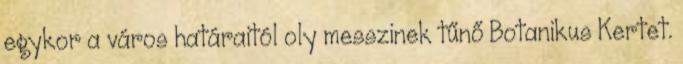
egykor a város határaitól oly messzinek tűnő Botanikus Kertet.